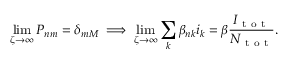
\operatorname* { l i m } _ { \zeta \rightarrow \infty } P _ { n m } = \delta _ { m M } \implies \operatorname* { l i m } _ { \zeta \rightarrow \infty } \sum _ { k } \beta _ { n k } i _ { k } = \beta \frac { I _ { \mathrm { ~ t ~ o ~ t ~ } } } { N _ { \mathrm { ~ t ~ o ~ t ~ } } } .